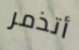
أتذمر